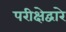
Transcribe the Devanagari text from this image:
परीक्षेद्वारे